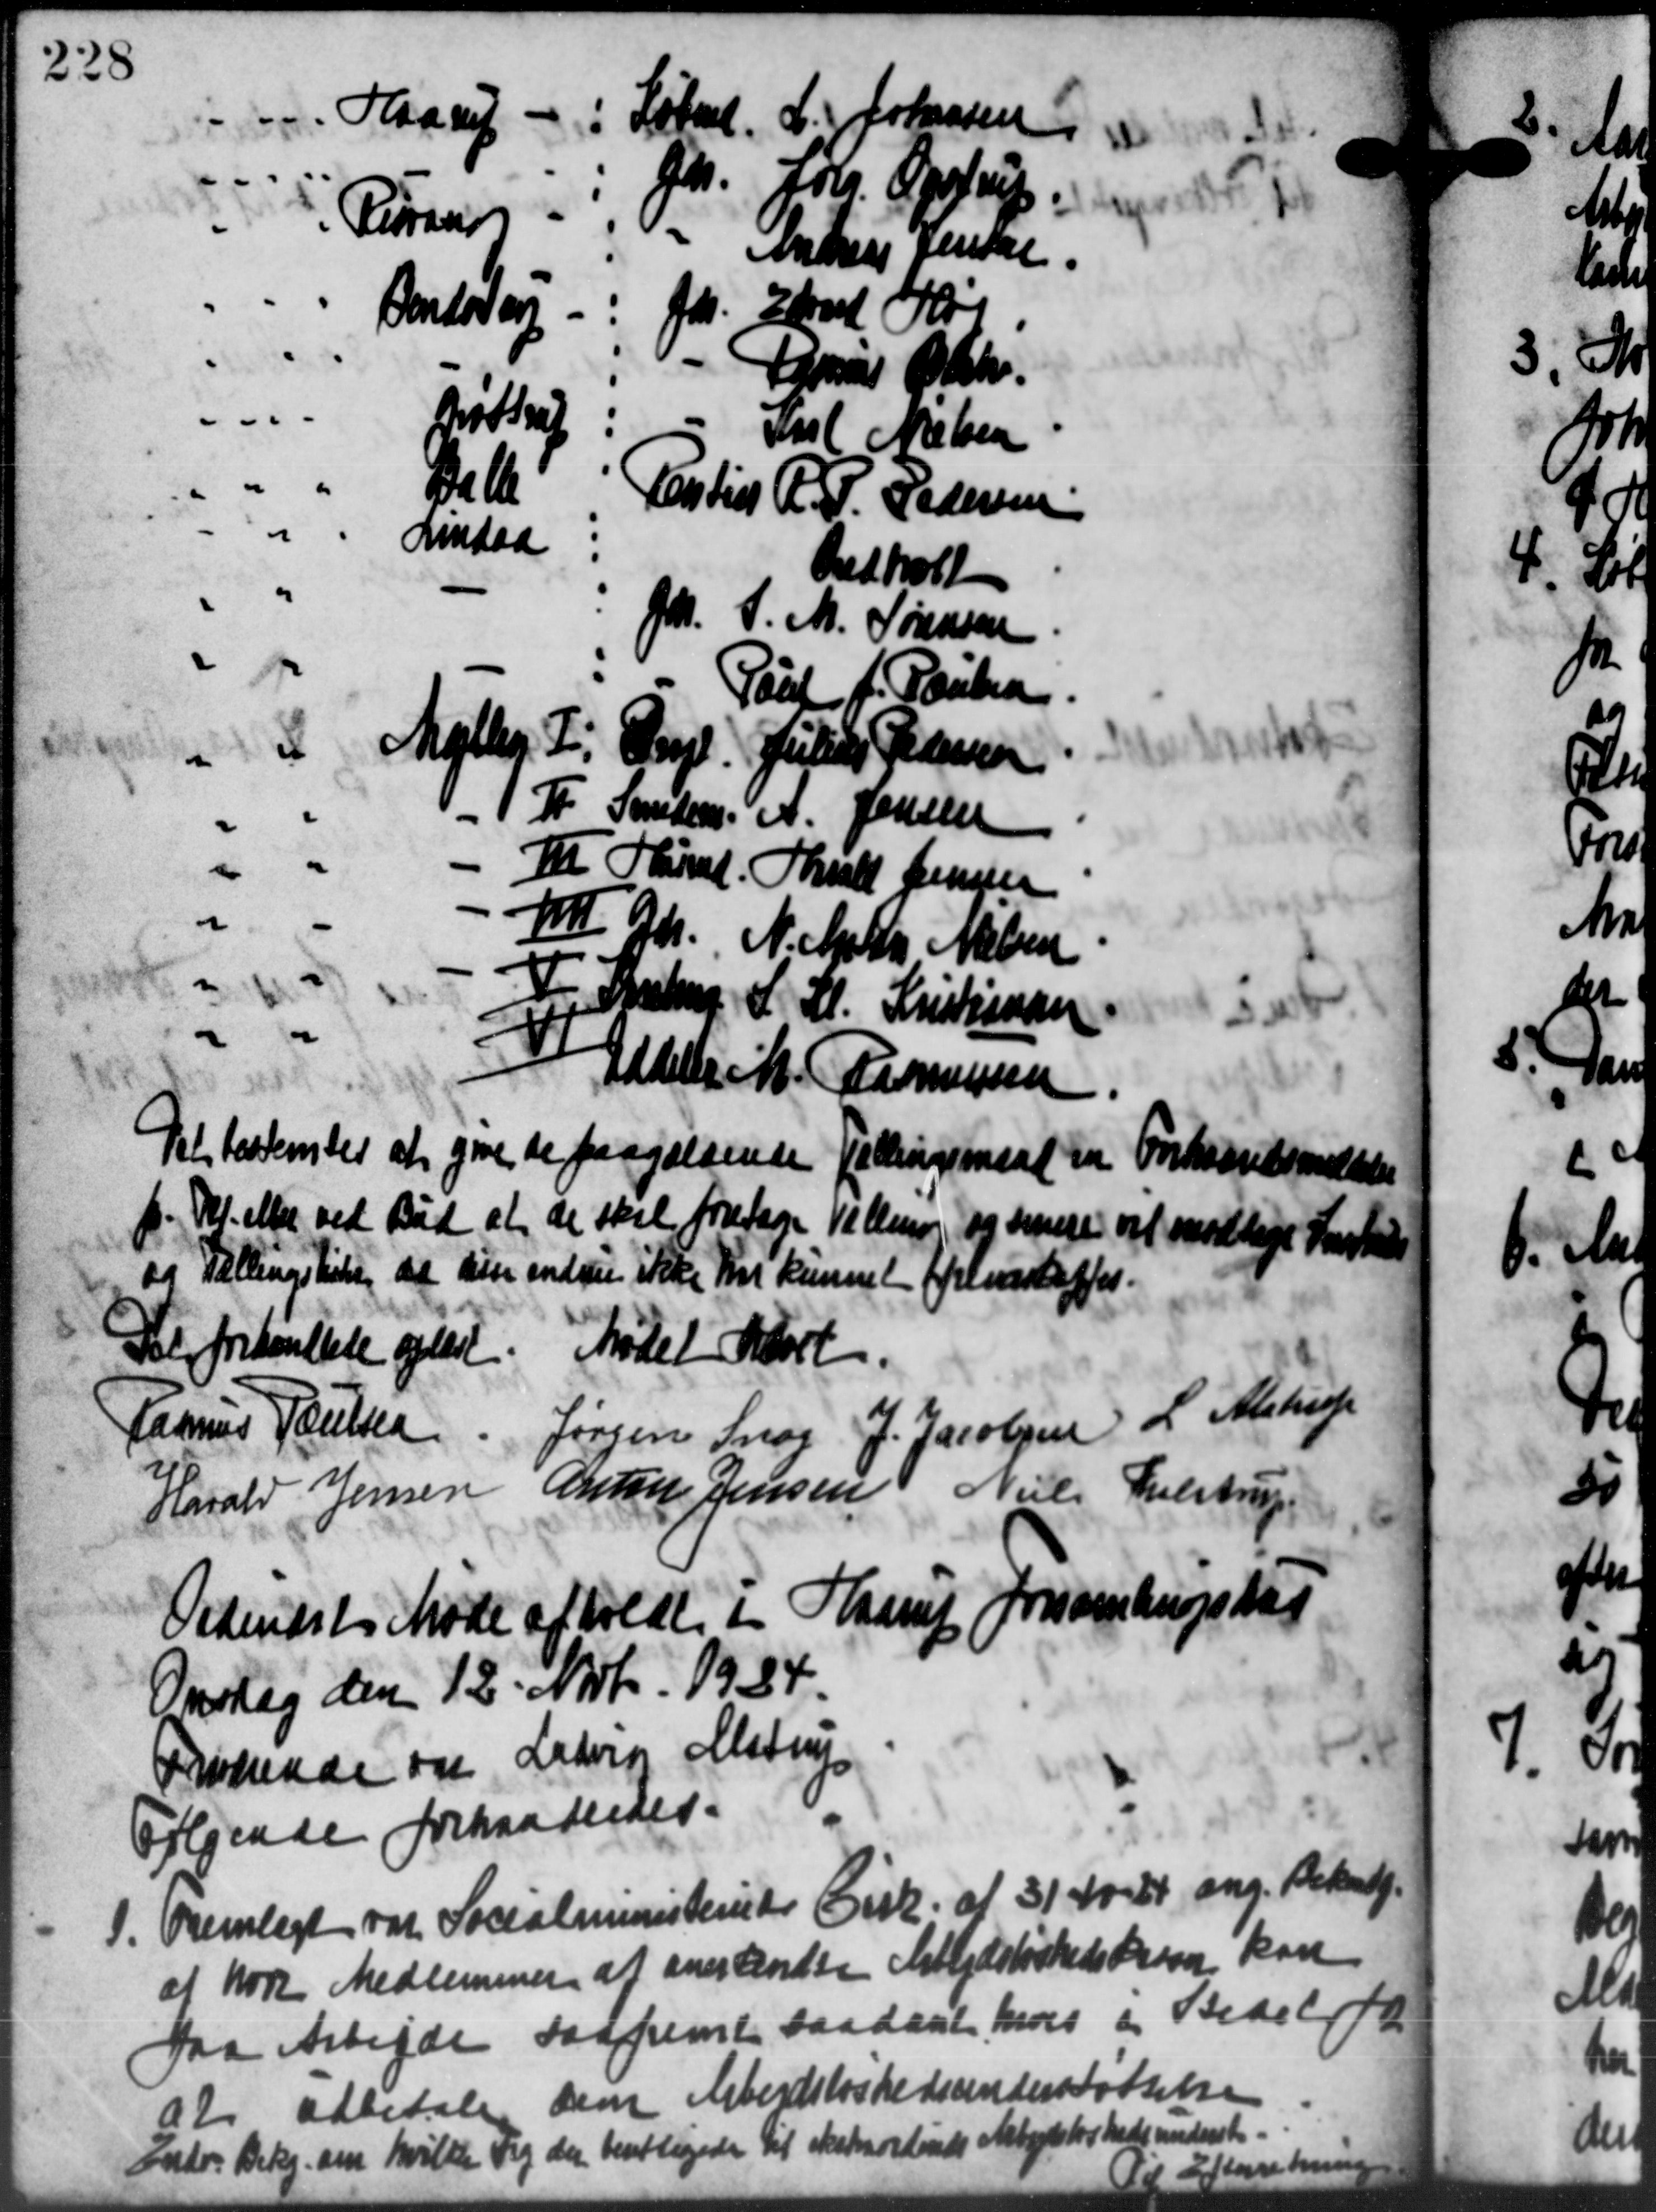
Transskription:
" Haarup - i Løbet. L. Johnsen
Hr. Joh. Opstrup
Perau
Andreas Jensen
Dentet og - : J. Earl Olse
- Rasmus Bach.
Bøstrup: Karl Nielsen
"
Detl
Eartin A. P. Pedersen
Aindaa:
Indholt
Jh. J. M. Sørensen
Paut f. Poulsen
 Møller F. Gr. Julius Pedersen
1 T. Smeden. A. Jensen
I Hund. Thall Jensen
Ⅷ Th. N. Marts Nielsen
For Systrup L. L. Kristiansen
Addeler M. Rasmussen
Det bestemtes at give de paagældende Tællingsmaal en Forhaandsmeddele
p. Pl. eller ved Bud at de skal foretage Vellem og senere det modtlige Indbe
og Tællingskibe, de sin endnu ikke Fin kunnet fremskaffer.
Del forhandlede oplæst. Mødet Kort
Rasmus Poulsen Jørgen Snog J. Jacobsen L. Alstrup
Harald Jensen Anton Jensen Niels Tulstrup
Orkendtes Møde afholdt i Haarup forsamlingskas
Onsdag den 12 Novbr. 1934
Prikende og Laborg Alstrup
Følgende forhandledes.
1.
Fremlagt var Socialministeriets Cirk. af 3140-44 ang. Bekendt.
af hor Medlemmer af anerkendte Arbejdsløshedsbroen kan
paa Arbejde saafremt saadant, hvors og Bedel for
at udbetale den Arbejdsløshedsunderstøttelse
Indes Bekg. om hvilke sig der berettigedes til skatsnordinde Arbejdsløshedsunderst.
2 Karehuse